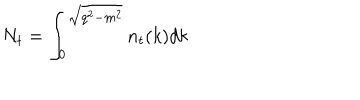
LaTeX: N _ { t } = \int _ { 0 } ^ { \sqrt { q ^ { 2 } - m ^ { 2 } } } n _ { t } ( k ) d k